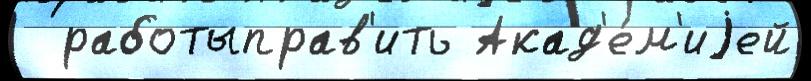
  работыправ'ить Акад'е́м'иjей